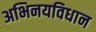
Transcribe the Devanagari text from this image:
अभिनयविधान